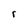
Character: r